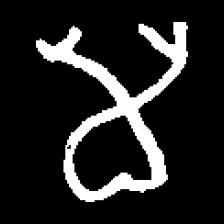
Pyu character \u2014 Myanmar letter: မ (romanized: ma)